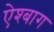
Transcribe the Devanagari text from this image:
ऐश्बाग